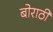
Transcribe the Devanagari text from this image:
बोराठी